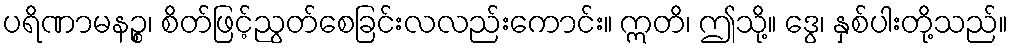
ပရိဏာမနဉ္စ၊ စိတ်ဖြင့်ညွတ်စေခြင်းလလည်းကောင်း။ ဣတိ၊ ဤသို့။ ဒွေ၊ နှစ်ပါးတို့သည်။